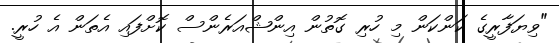
"ވިޔަފާރީގެ ކަންކަން މި ހުރި ގޮތުން އިންޝްއަރެންސް ކޮށްފައި އެތަން އެ ހުރީ.